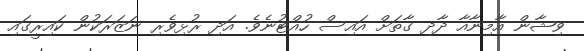
ވިޝާން އާމިނާއާ ދާދި ގާތަށް އައިސް ހުއްޓުނެވެ. އަދި ރުޅިވެރި ނަޒަރަކުން ކައިރީގައި